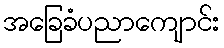
အခြေခံပညာကျောင်း